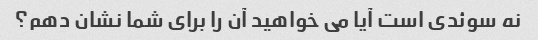
نه سوئدی است آیا می خواهید آن را برای شما نشان دهم؟